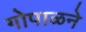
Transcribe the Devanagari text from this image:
गोपाळने